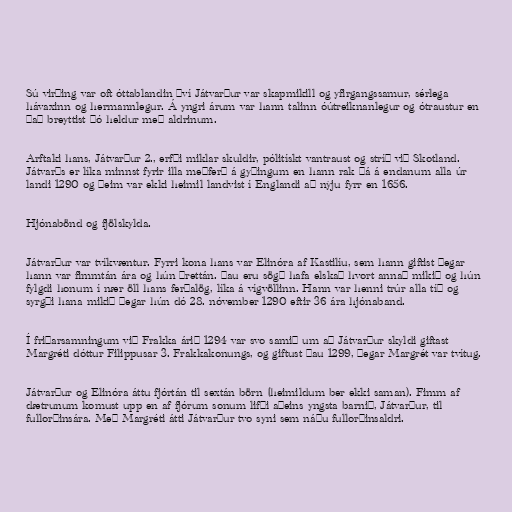
Sú virðing var oft óttablandin því Játvarður var skapmikill og yfirgangssamur, sérlega
hávaxinn og hermannlegur. Á yngri árum var hann talinn óútreiknanlegur og ótraustur en
það breyttist þó heldur með aldrinum.

Arftaki hans, Játvarður 2., erfði miklar skuldir, pólitískt vantraust og stríð við Skotland.
Játvarðs er líka minnst fyrir illa meðferð á gyðingum en hann rak þá á endanum alla úr
landi 1290 og þeim var ekki heimil landvist í Englandi að nýju fyrr en 1656.

Hjónabönd og fjölskylda.

Játvarður var tvíkvæntur. Fyrri kona hans var Elinóra af Kastilíu, sem hann giftist þegar
hann var fimmtán ára og hún þrettán. Þau eru sögð hafa elskað hvort annað mikið og hún
fylgdi honum í nær öll hans ferðalög, líka á vígvöllinn. Hann var henni trúr alla tíð og
syrgði hana mikið þegar hún dó 28. nóvember 1290 eftir 36 ára hjónaband.

Í friðarsamningum við Frakka árið 1294 var svo samið um að Játvarður skyldi giftast
Margréti dóttur Filippusar 3. Frakkakonungs, og giftust þau 1299, þegar Margrét var tvítug.

Játvarður og Elinóra áttu fjórtán til sextán börn (heimildum ber ekki saman). Fimm af
dætrunum komust upp en af fjórum sonum lifði aðeins yngsta barnið, Játvarður, til
fullorðinsára. Með Margréti átti Játvarður tvo syni sem náðu fullorðinsaldri.